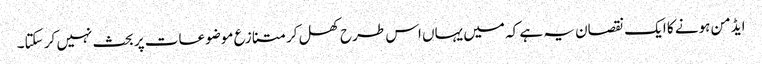
ایڈمن ہونے کا ایک نقصان یہ ہے کہ میں یہاں اس طرح کھل کر متنازع موضوعات پر بحث نہیں کر سکتا۔